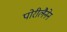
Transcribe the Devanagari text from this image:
पोरीलैनेन